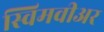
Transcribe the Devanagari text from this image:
स्विमवीअर